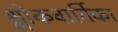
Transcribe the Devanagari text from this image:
श्लोकवार्तिका